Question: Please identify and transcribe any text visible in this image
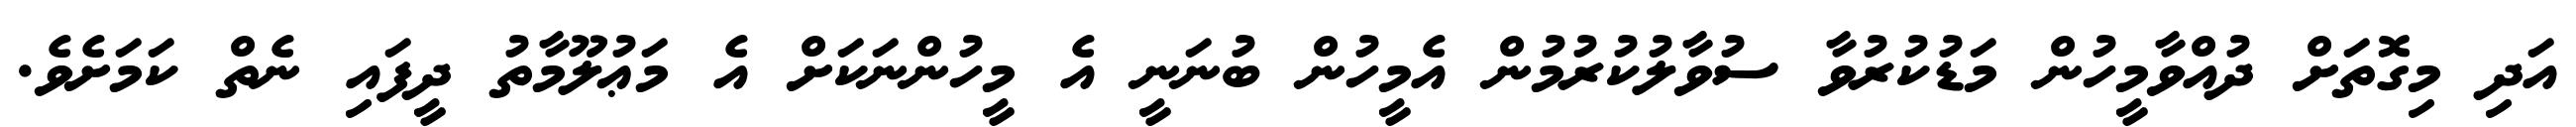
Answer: އަދި މިގޮތަށް ދުއްވާމީހުން މަޑުކުރުވާ ސުވާލުކުރުމުން އެމީހުން ބުނަނީ އެ މީހުންނަކަށް އެ މަޢުލޫމާތު ދީފައި ނެތް ކަމަށެވެ.